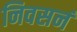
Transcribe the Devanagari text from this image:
निवसनं